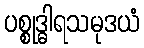
ပစ္စုဒ္ဓါရသမုဒယံ